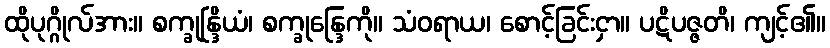
ထိုပုဂ္ဂိုလ်အား။ စက္ခုန္ဒြိယံ၊ စက္ခုန္ဒြေကို။ သံဝရာယ၊ စောင့်ခြင်းငှာ။ ပဋိပဇ္ဇတိ၊ ကျင့်၏။